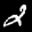
Label: 2